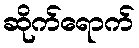
ဆိုက်ရောက်